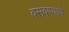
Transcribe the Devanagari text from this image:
वसवण्याचे